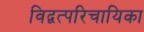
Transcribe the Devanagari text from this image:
विद्वत्परिचायिका